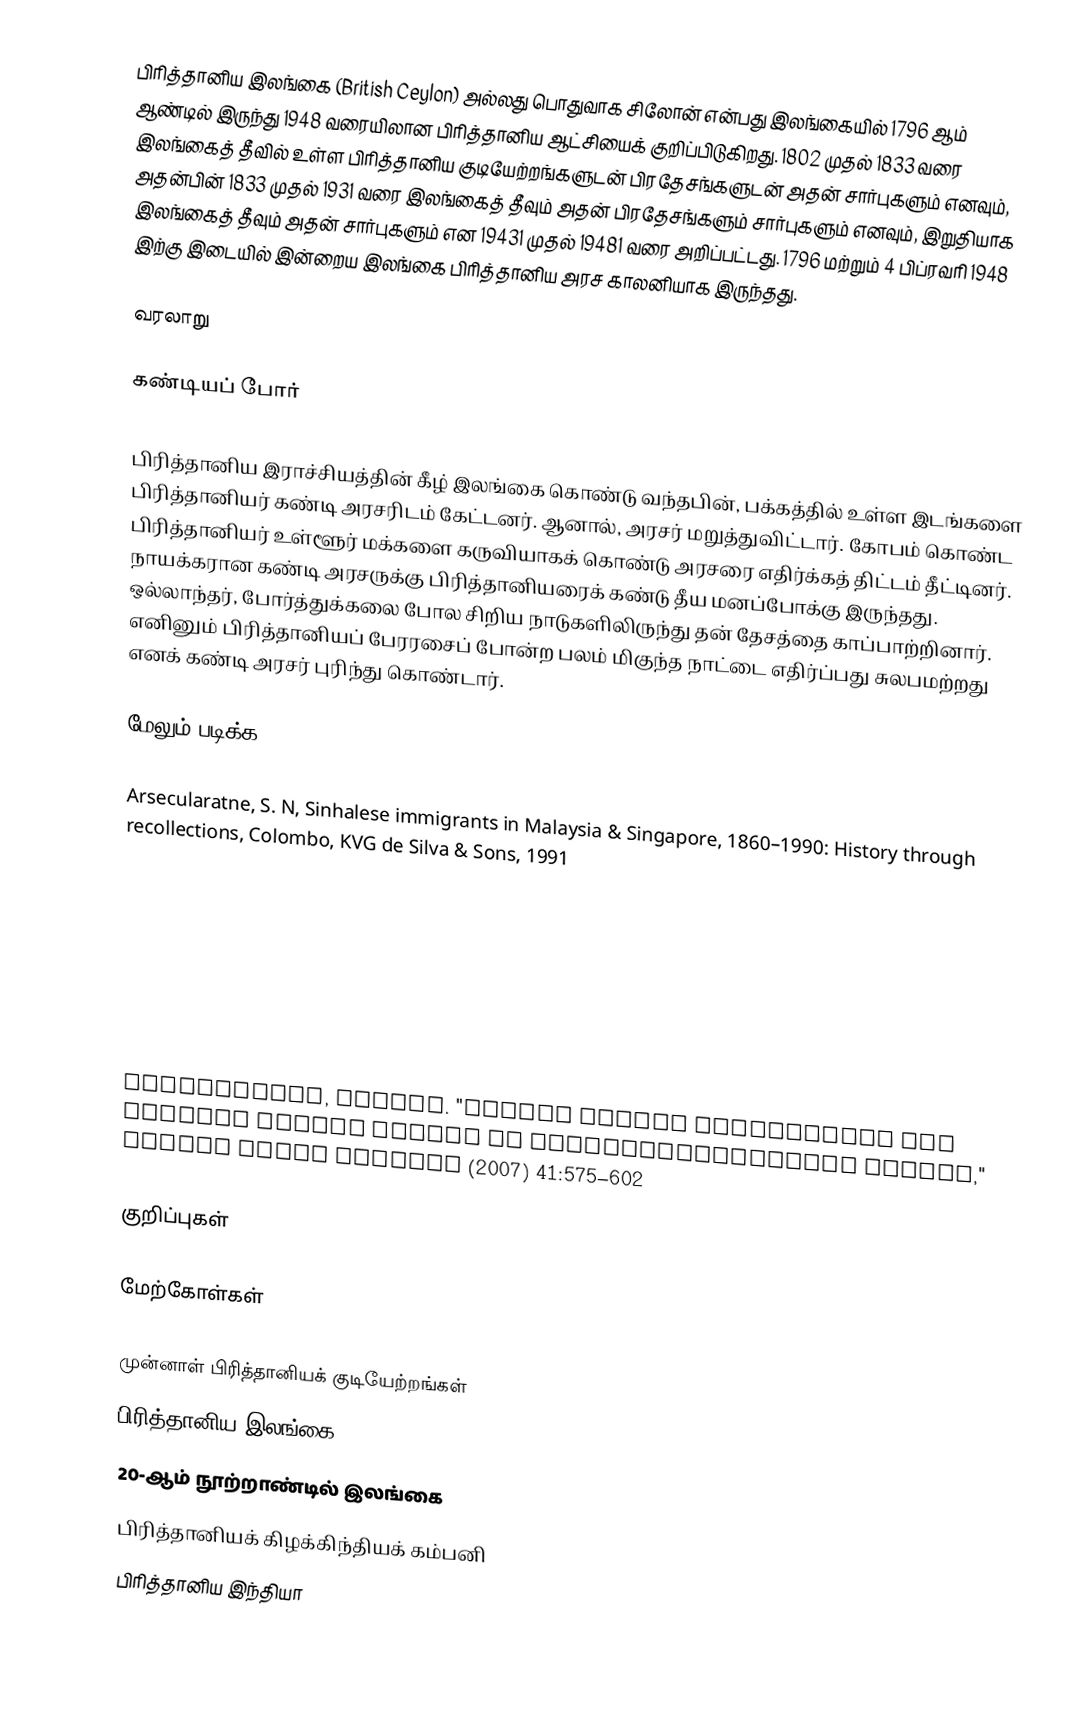
பிரித்தானிய இலங்கை (British Ceylon) அல்லது பொதுவாக சிலோன் என்பது இலங்கையில் 1796 ஆம் ஆண்டில் இருந்து 1948 வரையிலான பிரித்தானிய ஆட்சியைக் குறிப்பிடுகிறது. 1802 முதல் 1833 வரை இலங்கைத் தீவில் உள்ள பிரித்தானிய குடியேற்றங்களுடன் பிரதேசங்களுடன் அதன் சார்புகளும் எனவும், அதன்பின் 1833 முதல் 1931 வரை இலங்கைத் தீவும் அதன் பிரதேசங்களும் சார்புகளும்  எனவும், இறுதியாக இலங்கைத் தீவும் அதன் சார்புகளும் என 19431 முதல் 19481 வரை அறிப்பட்டது. 1796 மற்றும் 4 பிப்ரவரி 1948 இற்கு இடையில் இன்றைய இலங்கை பிரித்தானிய அரச காலனியாக இருந்தது.

வரலாறு

கண்டியப் போர்

பிரித்தானிய இராச்சியத்தின் கீழ் இலங்கை கொண்டு வந்தபின், பக்கத்தில் உள்ள இடங்களை பிரித்தானியர் கண்டி அரசரிடம் கேட்டனர். ஆனால், அரசர் மறுத்துவிட்டார். கோபம் கொண்ட பிரித்தானியர் உள்ளூர் மக்களை கருவியாகக் கொண்டு அரசரை எதிர்க்கத் திட்டம் தீட்டினர். நாயக்கரான கண்டி அரசருக்கு பிரித்தானியரைக் கண்டு தீய மனப்போக்கு இருந்தது. ஒல்லாந்தர்,  போர்த்துக்கலை போல சிறிய நாடுகளிலிருந்து தன் தேசத்தை காப்பாற்றினார். எனினும் பிரித்தானியப் பேரரசைப் போன்ற பலம் மிகுந்த நாட்டை எதிர்ப்பது சுலபமற்றது எனக் கண்டி அரசர் புரிந்து கொண்டார்.

மேலும் படிக்க

 Arsecularatne, S. N, Sinhalese immigrants in Malaysia & Singapore, 1860–1990: History through recollections, Colombo, KVG de Silva & Sons, 1991

 Silva, K.M. de. History of Sri Lanka (1982). pp. 239–488 complete text online free

 Wenzlhuemer, Roland. "Indian Labour Immigration and British Labour Policy in Nineteenth‐Century Ceylon," Modern Asian Studies (2007) 41:575–602

குறிப்புகள்

மேற்கோள்கள்

முன்னாள் பிரித்தானியக் குடியேற்றங்கள்
பிரித்தானிய இலங்கை
20-ஆம் நூற்றாண்டில் இலங்கை
பிரித்தானியக் கிழக்கிந்தியக் கம்பனி
பிரித்தானிய இந்தியா